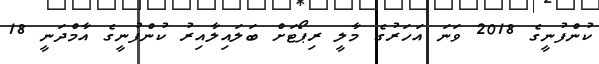
ކުންފުނީގެ 2018 ވަނަ އަހަރުގެ މާލީ ރިޕޯޓަށް ބަލައިލާއިރު ކުންފުނީގެ އާމްދަނީ 18